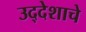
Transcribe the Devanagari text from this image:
उद्देशाचे